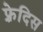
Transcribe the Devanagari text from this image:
फ़्रेदिस